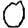
Digit: 0